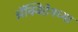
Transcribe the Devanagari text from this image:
ॲक्विटेनच्या